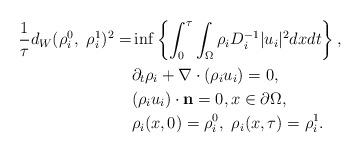
LaTeX: \begin{align*}\begin{aligned}\frac{1}{ \tau}d_W(\rho_i^0, \ \rho_i^1)^2= & \inf \left\{ \int_0^{\tau} \int_{\Omega} \rho_i D^{-1}_i | u_i|^2 dx dt\right\} ,\\& \partial_t \rho_i + \nabla\cdot (\rho_i u_i)=0,\\& (\rho_i u_i)\cdot \mathbf{n}=0, x\in \partial \Omega,\\& \rho_i(x,0)=\rho^0_i, \ \rho_i(x,\tau)=\rho^1_i.\end{aligned}\end{align*}